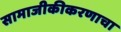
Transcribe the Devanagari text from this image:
सामाजीकीकरणाचा